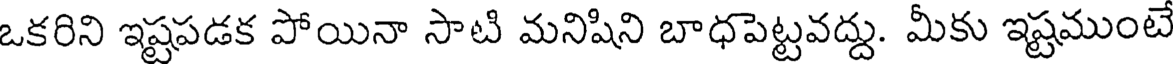
ఒకరిని ఇష్టపడక పోయినా సాటి మనిషిని బాధపెట్టవద్దు. మీకు ఇష్టముంటే